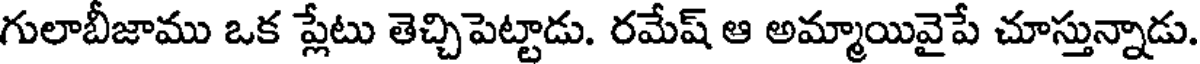
గులాబీజాము ఒక ప్లేటు తెచ్చిపెట్టాడు. రమేష్ ఆ అమ్మాయివైపే చూస్తున్నాడు.